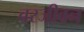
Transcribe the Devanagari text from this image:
वरजीवन